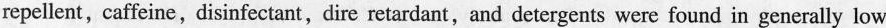
repellent,caffeine,disinfectant,dire retardant,and detergents were found in generally low